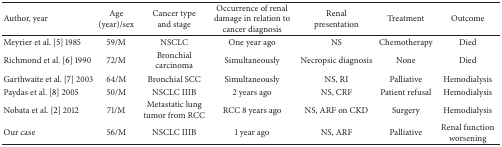
<table><thead><tr><td><b>Author, year</b></td><td><b>Age (year)/sex</b></td><td><b>Cancer type and stage</b></td><td><b>Occurrence of renal damage in relation to cancer diagnosis</b></td><td><b>Renal presentation</b></td><td><b>Treatment</b></td><td><b>Outcome</b></td></tr></thead><tbody><tr><td>Meyrier et al. [5] 1985</td><td>59/M</td><td>NSCLC</td><td>One year ago</td><td>NS</td><td>Chemotherapy</td><td>Died</td></tr><tr><td>Richmond et al. [6] 1990</td><td>72/M</td><td>Bronchial carcinoma</td><td>Simultaneously</td><td>Necropsic diagnosis</td><td>None</td><td>Died</td></tr><tr><td>Garthwaite et al. [7] 2003</td><td>64/M</td><td>Bronchial SCC</td><td>Simultaneously</td><td>NS, RI</td><td>Palliative </td><td>Hemodialysis</td></tr><tr><td>Paydas et al. [8] 2005</td><td>50/M</td><td>NSCLC IIIB</td><td>2 years ago</td><td>NS, CRF</td><td>Patient refusal</td><td>Hemodialysis</td></tr><tr><td>Nobata et al. [2] 2012</td><td>71/M</td><td>Metastatic lung tumor from RCC</td><td>RCC 8 years ago</td><td>NS, ARF on CKD</td><td>Surgery</td><td>Hemodialysis</td></tr><tr><td>Our case</td><td>56/M</td><td>NSCLC IIIB</td><td>1 year ago</td><td>NS, ARF</td><td>Palliative</td><td>Renal function worsening</td></tr></tbody></table>